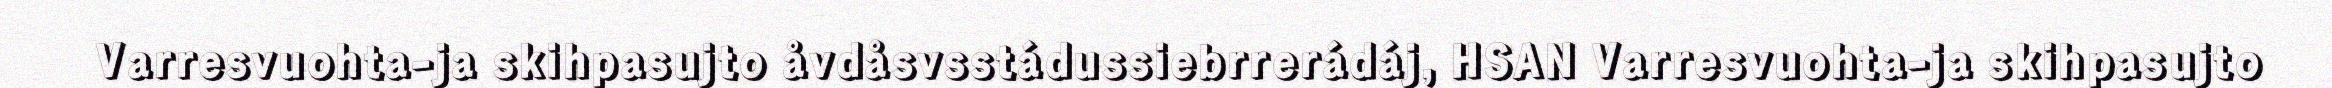
Varresvuohta-ja skihpasujto åvdåsvsstádussiebrrerádáj, HSAN Varresvuohta-ja skihpasujto